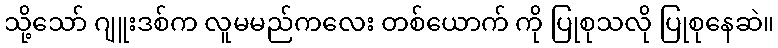
သို့သော် ဂျူးဒစ်က လူမမည်ကလေး တစ်ယောက် ကို ပြုစုသလို ပြုစုနေဆဲ။